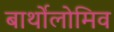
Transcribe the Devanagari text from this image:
बार्थोलोमिव